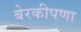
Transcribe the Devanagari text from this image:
बेरकीपणा